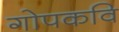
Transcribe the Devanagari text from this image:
गोपकवि